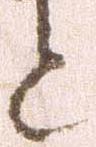
と